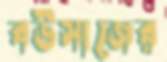
বউসাজের